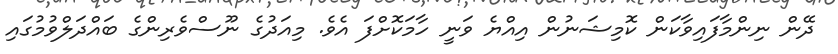
ދޭން ނިންމާފައިވާކަން ކޮމިޝަނުން އިއްޔެ ވަނީ ހާމަކޮށްފަ އެވެ. މިއަދުގެ ނޫސްވެރިންގެ ބައްދަލްވުމުގައި